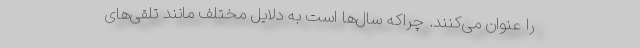
را عنوان می‌کنند. چراکه سال‌ها است به دلایل مختلف مانند تلقی‌های